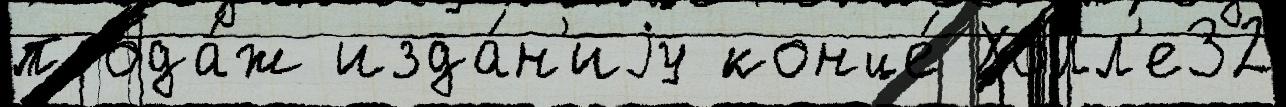
прода́ж изда́н'иjу конце́ Холл'е32